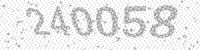
Solution: 240058